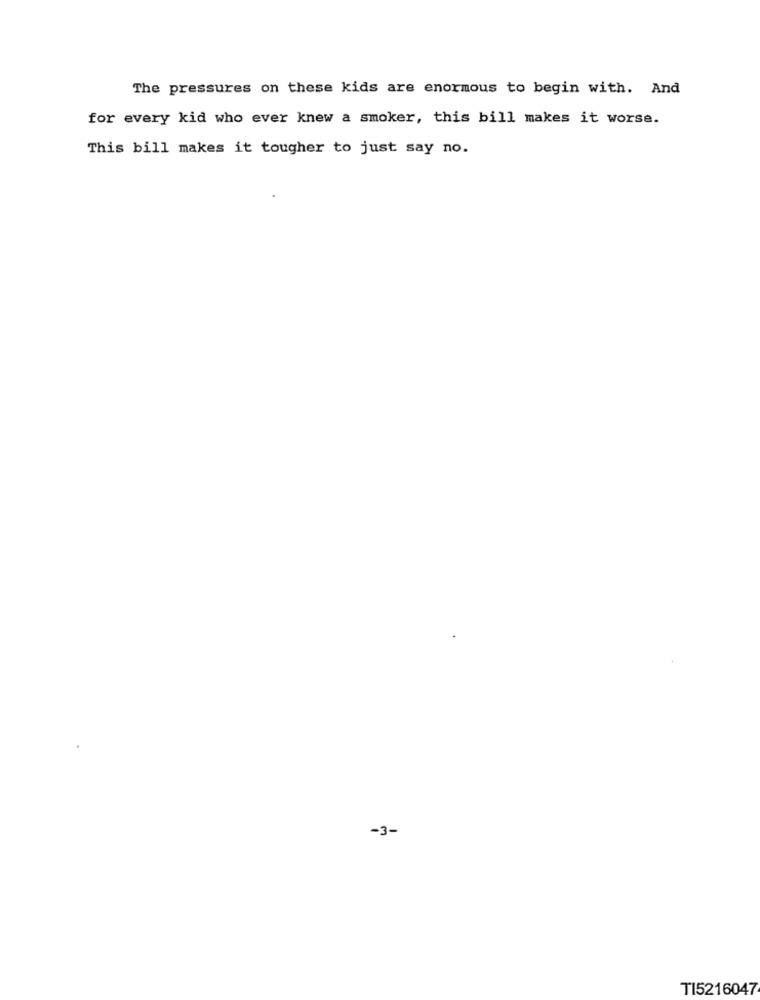
The pressures on these kids are enormous to begin with. And
for every kid who ever knew a smoker, this bill makes it worse.
This bill makes it tougher to just say no.
-3-
TI5216047